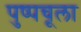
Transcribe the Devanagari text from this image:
पुष्पचूला